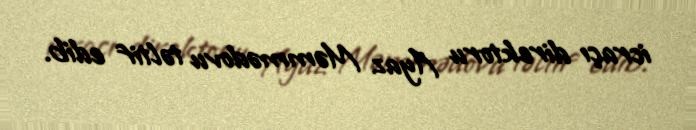
icraçı direktoru Ayaz Məmmədovu təltif edib.